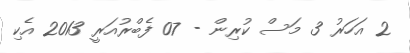
2 އަހަރު 3 މަސް ކުރިން - 07 ފެބްރުއަރީ 2013 އެކި